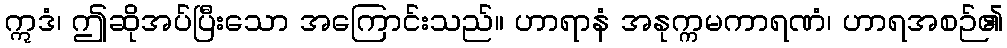
ဣဒံ၊ ဤဆိုအပ်ပြီးသော အကြောင်းသည်။ ဟာရာနံ အနုက္ကမကာရဏံ၊ ဟာရအစဉ်၏